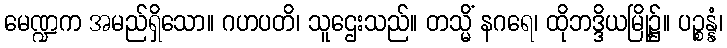
မေဏ္ဍက အမည်ရှိသော။ ဂဟပတိ၊ သူဌေးသည်။ တသ္မိံ နဂရေ၊ ထိုဘဒ္ဒိယမြို့၌။ ပဉ္စန္နံ၊